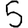
Digit: 5